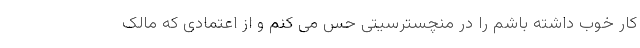
کار خوب داشته باشم را در منچسترسیتی حس می کنم و از اعتمادی که مالک